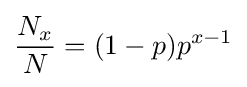
{\frac {N_{x}}{N}}=(1-p)p^{x-1}